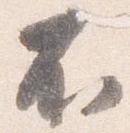
不